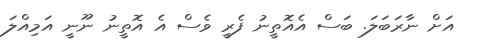
އަށް ނާރަބަލަ. ބަސް އެއޮތީނު ފެރީ ވެސް އެ އޮތީނު ނޫނީ އަމިއްލަ